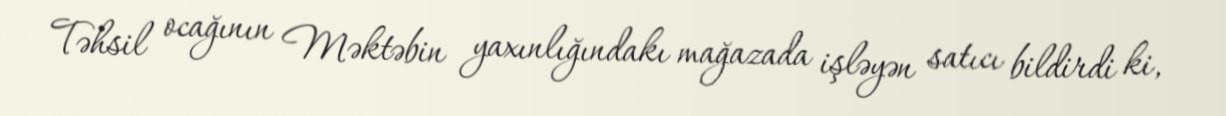
Təhsil ocağının Məktəbin yaxınlığındakı mağazada işləyən satıcı bildirdi ki,